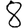
Digit: 8